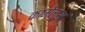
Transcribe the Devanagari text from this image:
कामेलूस्